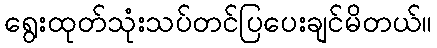
ရွေးထုတ်သုံးသပ်တင်ပြပေးချင်မိတယ်။